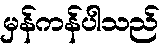
မှန်ကန်ပါသည်